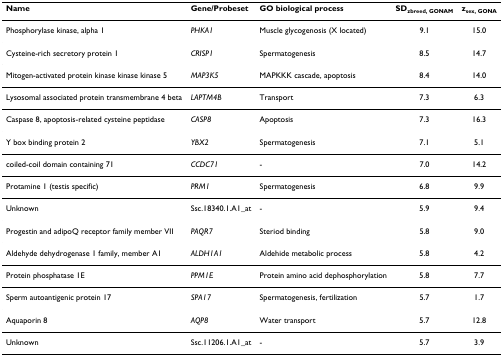
<table><thead><tr><td><b>Name</b></td><td><b>Gene/Probeset</b></td><td><b>GO biological process</b></td><td><b>SD<sub>zbreed, GONAM</sub></b></td><td><b>z<sub>sex, GONA</sub></b></td></tr></thead><tbody><tr><td>Phosphorylase kinase, alpha 1</td><td><i>PHKA1</i></td><td>Muscle glycogenosis (X located)</td><td>9.1</td><td>15.0</td></tr><tr><td>Cysteine-rich secretory protein 1</td><td><i>CRISP1</i></td><td>Spermatogenesis</td><td>8.5</td><td>14.7</td></tr><tr><td>Mitogen-activated protein kinase kinase kinase 5</td><td><i>MAP3K5</i></td><td>MAPKKK cascade, apoptosis</td><td>8.4</td><td>14.0</td></tr><tr><td>Lysosomal associated protein transmembrane 4 beta</td><td><i>LAPTM4B</i></td><td>Transport</td><td>7.3</td><td>6.3</td></tr><tr><td>Caspase 8, apoptosis-related cysteine peptidase</td><td><i>CASP8</i></td><td>Apoptosis</td><td>7.3</td><td>16.3</td></tr><tr><td>Y box binding protein 2</td><td><i>YBX2</i></td><td>Spermatogenesis</td><td>7.1</td><td>5.1</td></tr><tr><td>coiled-coil domain containing 71</td><td><i>CCDC71</i></td><td>-</td><td>7.0</td><td>14.2</td></tr><tr><td>Protamine 1 (testis specific)</td><td><i>PRM1</i></td><td>Spermatogenesis</td><td>6.8</td><td>9.9</td></tr><tr><td>Unknown</td><td>Ssc.18340.1.A1_at</td><td>-</td><td>5.9</td><td>9.4</td></tr><tr><td>Progestin and adipoQ receptor family member VII</td><td><i>PAQR7</i></td><td>Steriod binding</td><td>5.8</td><td>9.0</td></tr><tr><td>Aldehyde dehydrogenase 1 family, member A1</td><td><i>ALDH1A1</i></td><td>Aldehide metabolic process</td><td>5.8</td><td>4.2</td></tr><tr><td>Protein phosphatase 1E</td><td><i>PPM1E</i></td><td>Protein amino acid dephosphorylation</td><td>5.8</td><td>7.7</td></tr><tr><td>Sperm autoantigenic protein 17</td><td><i>SPA17</i></td><td>Spermatogenesis, fertilization</td><td>5.7</td><td>1.7</td></tr><tr><td>Aquaporin 8</td><td><i>AQP8</i></td><td>Water transport</td><td>5.7</td><td>12.8</td></tr><tr><td>Unknown</td><td>Ssc.11206.1.A1_at</td><td>-</td><td>5.7</td><td>3.9</td></tr></tbody></table>